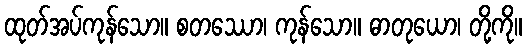
ထုတ်အပ်ကုန်သော။ စတဿော၊ ကုန်သော။ ဓာတုယော၊ တို့ကို။